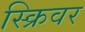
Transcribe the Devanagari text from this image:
स्क्रिवर